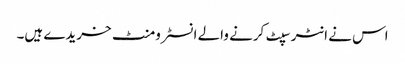
اس نے انٹرسپٹ کرنے والے انسٹرومنٹ خریدے ہیں۔